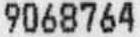
9068764